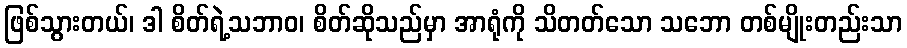
ဖြစ်သွားတယ်၊ ဒါ စိတ်ရဲ့သဘာဝ၊ စိတ်ဆိုသည်မှာ အာရုံကို သိတတ်သော သဘော တစ်မျိုးတည်းသာ